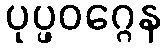
ပုပ္ဖဝဂ္ဂေန